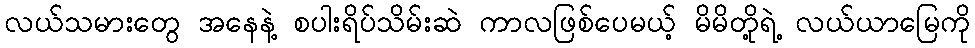
လယ်သမားတွေ အနေနဲ့ စပါးရိပ်သိမ်းဆဲ ကာလဖြစ်ပေမယ့် မိမိတို့ရဲ့ လယ်ယာမြေကို